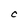
Character: C